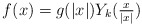
\begin{align*} f(x)= g(|x|) Y_{k}(\tfrac{x}{|x|})\end{align*}